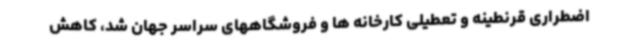
اضطراری قرنطینه و تعطیلی کارخانه ها و فروشگاههای سراسر جهان شد، کاهش